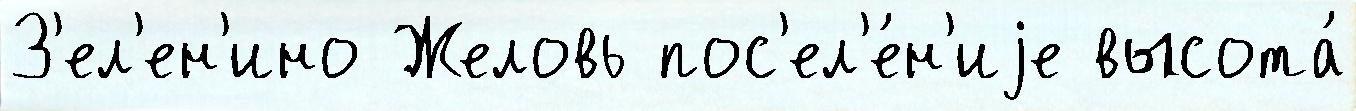
З'ел'ен'ино Желовь пос'ел'е́н'иjе высота́